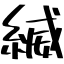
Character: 縅